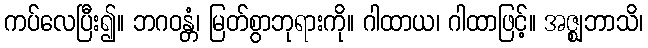
ကပ်လေပြီး၍။ ဘဂဝန္တံ၊ မြတ်စွာဘုရားကို။ ဂါထာယ၊ ဂါထာဖြင့်။ အဇ္ဈဘာသိ၊